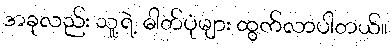
အခုလည်း သူ့ရဲ့ ဓါတ်ပုံများ ထွက်လာပါတယ်။